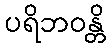
ပရိဘဝန္တိ